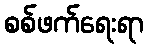
စစ်ဖက်ရေးရာ